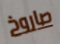
صاروخ